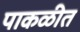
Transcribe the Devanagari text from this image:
पाकळीत